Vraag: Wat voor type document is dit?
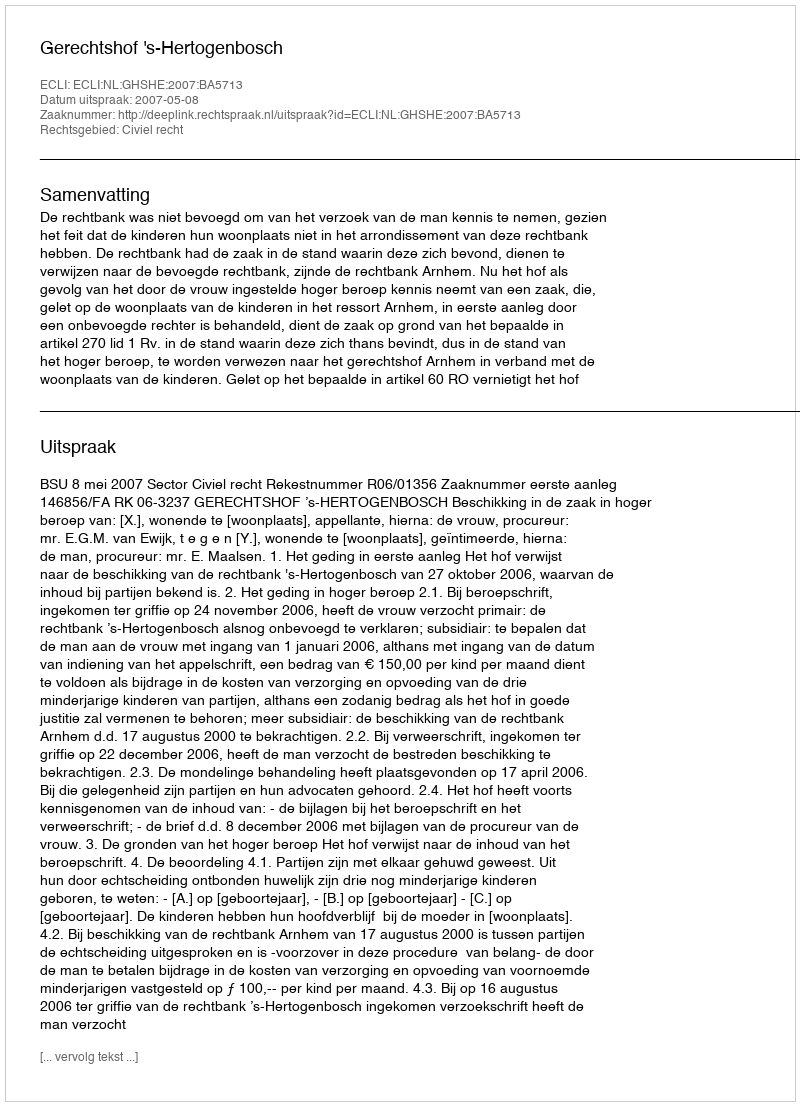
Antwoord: Uitspraak